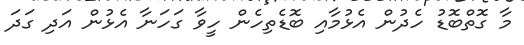
މާ ގޮތްބޮޑު ހެދުން އެޅުމާއި ބޮޑެތިހެން ހީވާ ގަހަނާ އެޅުން އަދި ގަދަ